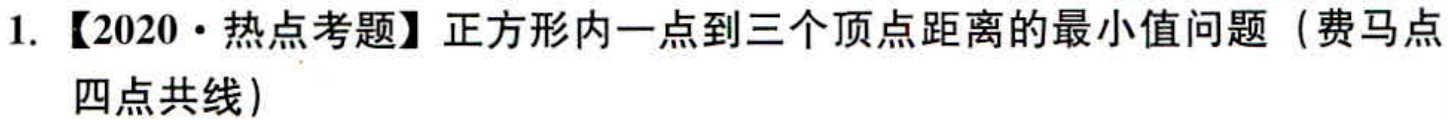
1. 【2020·热点考题】正方形内一点到三个顶点距离的最小值问题（费马点 四点共线）